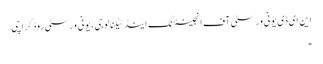
این ای ڈی یونی ورسٹی آف انجینئرنگ اینڈ ٹیکنالوجی، یونی ورسٹی روڈ کراچی
۔